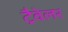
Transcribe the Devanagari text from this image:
ट्रैवेलर